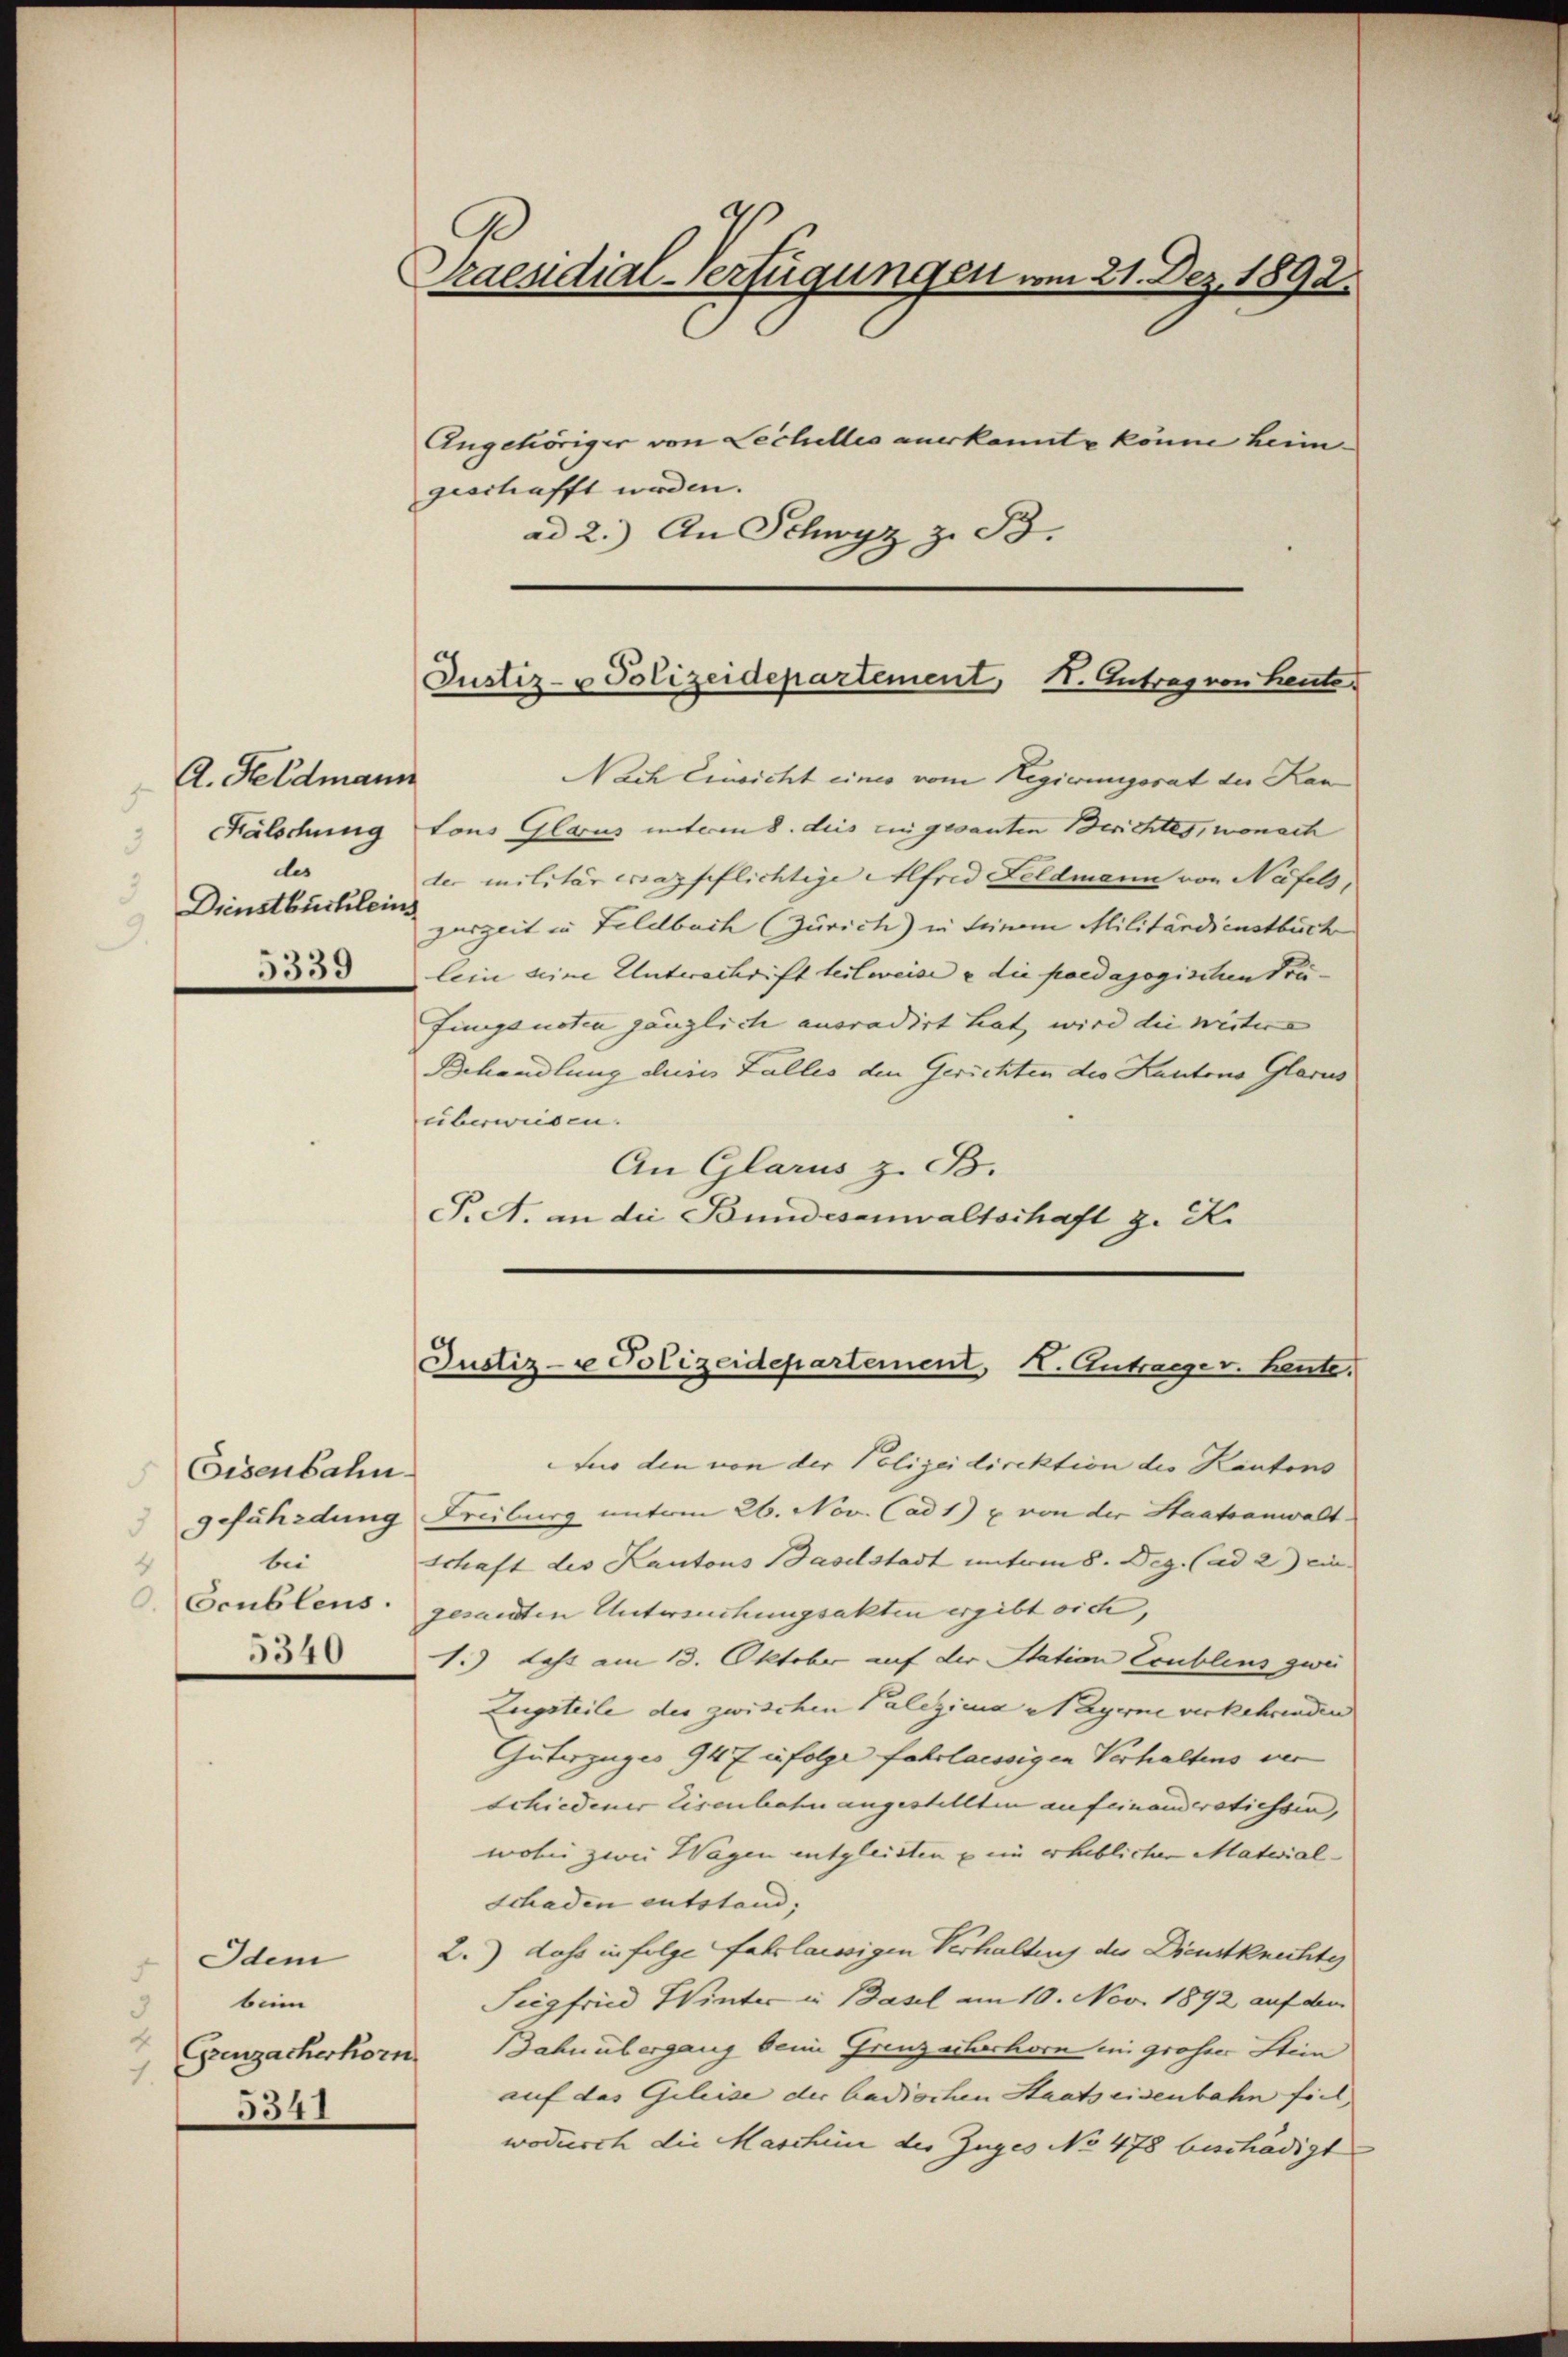
A. Feldmann
.
Fälschung
3
des
3
Dienstbüchlein
9.
5339

Eisenbahn
gefährdung
bei
4
Ocublens.
5340

Idem
beim
3
Greuzacherhorn
7.
5341

Praendial-Verfügungen vom 21. Dez. 1892.

Angehöriger von Lechelles anerkannte könne heim.
geschafft werden.
ad 2.) An Schwyz z. B.

Justiz- & Polizeidepartement, 1. Antrag von heute.

Nach Einsicht eines vom Hegierungsrat der Kan
tons Glarus unterm 8. dies ein gesanten Berichtes, wonach
der militär ersagpflichtige Alfred Feldmann von Näfels,
zerzeit in Feldbach (Zürich) in seinem Militärdienstbuch
lein seine Unterschrift teilweise u die paedagogischen Präfungsnoten gänzlich anoradirt hat, wird die weitere
Behandlung dein Falles den Gerichten des Kantons Glarus
überweisen.
An Glarus z. B.
P. A. an die Bundesanwaltschaft z. K.

Justiz-e Polizeidepartement, H. Antrage v. heute.

uo den von der Polizeidirektion des Kantons
Freiburg unterm 26. Nov. Cad 1) u. von der Staatsanwalt
schaft des Kantons Baselstadt unterm 8. Dez. (ad 2) ein- |
gesandten Untersuchungsakten ergibt sich,
1.) Lehr am 13. Oktober auf der Station Ecublins zwei
Eugsteile des zwischen Palezicua Nagerne verkehrenden
Güterzugeo 947 infolge fahrlaessigen Verhaltens ver
schiedener Eisenbahn angestellten aufeinanderstiessen,
wohin zwei Wagen entgleichten ein erheblichen Material-
Schaden entstand;
2.) dass in folge fahrlässigen Verhaltung des Dienstknechte
Siegfried Winter u Basel am 10. Nov. 1892 auf dem
Bahnübergang beim Grenzecherhorn in grosser Stein
auf das Geleise der badischen Staats eisenbahn fiel
wodurch die Maschine des Zuges No 478 beschädigt